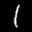
Label: 1